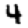
Digit: 4